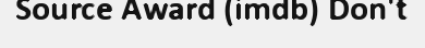
Source Award (imdb) Don't